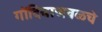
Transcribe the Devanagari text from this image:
गोंदियाजवळचे